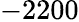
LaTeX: -2200